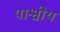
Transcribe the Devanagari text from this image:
पाश्वीय